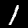
Digit: 1